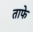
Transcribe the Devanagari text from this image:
ताफे